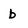
Character: b